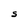
Character: S